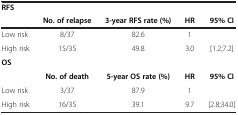
<table><thead><tr><td><b>RFS</b></td><td><b> </b></td><td><b> </b></td><td><b> </b></td><td><b> </b></td></tr><tr><td><b> </b></td><td><b>No. of relapse</b></td><td><b>3-year RFS rate (%)</b></td><td><b>HR</b></td><td><b>95% CI</b></td></tr></thead><tbody><tr><td>Low risk</td><td>8/37</td><td>82.6</td><td>1</td><td> </td></tr><tr><td>High risk</td><td>15/35</td><td>49.8</td><td>3.0</td><td>[1.2;7.2]</td></tr><tr><td><b>OS</b></td><td> </td><td> </td><td> </td><td> </td></tr><tr><td> </td><td><b>No. of death</b></td><td><b>5-year OS rate (%)</b></td><td><b>HR</b></td><td><b>95% CI</b></td></tr><tr><td>Low risk</td><td>3/37</td><td>87.9</td><td>1</td><td> </td></tr><tr><td>High risk</td><td>16/35</td><td>39.1</td><td>9.7</td><td>[2.8;34.0]</td></tr></tbody></table>